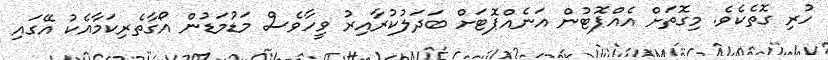
ހުރި ގޮތެކެވެ. މިގޮތަށް އެއްޕޮޓުން އަނެއްޕޮޓަށް ބަދަލުކުރާއިރު ވީހާވެސް މަޑުމަޑުން އޯގާތެރިކަމާއެކު އޭގައި